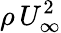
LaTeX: \rho\, U_{\infty}^{2}